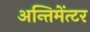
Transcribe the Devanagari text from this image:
अन्तिमेंत्टर